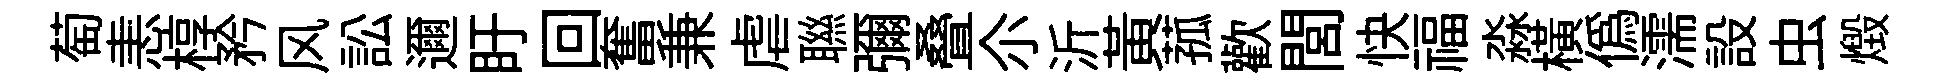
萄恚椁矜风訟邇盱回奮兼虐聮彌叠尒沂黄菰歡閭快福淼横偽濡設虫燬